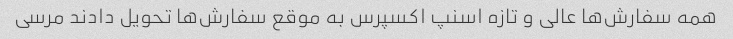
همه سفارش‌ها عالی و تازه اسنپ اکسپرس به موقع سفارش‌ها تحویل دادند مرسی